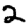
Digit: 2